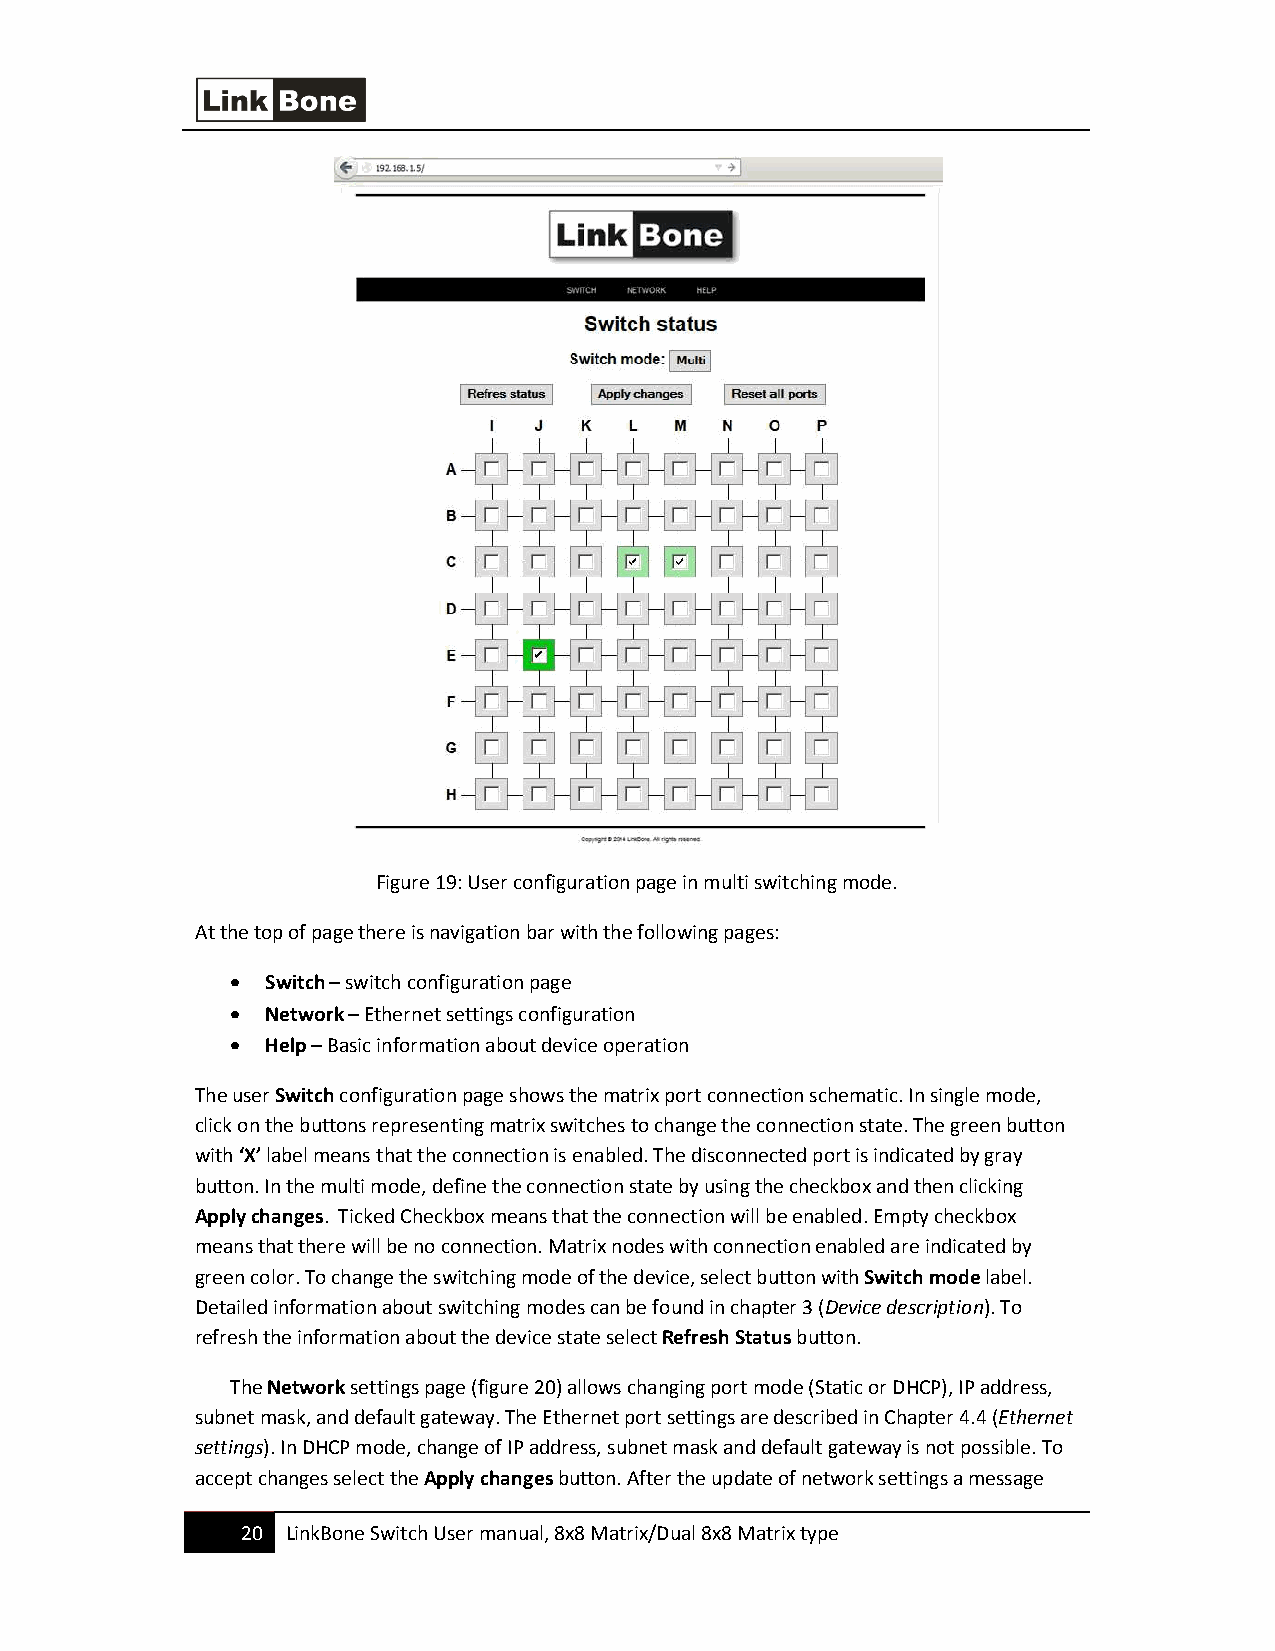
Figure 19: User configuration page in multi switching mode.
 At the top of page there is navigation bar with the following pages:
 •  Switch – switch configuration page
 •  Network – Ethernet settings configuration
 •  Help – Basic information about device operation
 The user Switch configuration page shows the matrix port connection schematic. In single mode,
 click on the buttons representing matrix switches to change the connection state. The green button
 with ‘X’ label means that the connection is enabled. The disconnected port is indicated by gray
 button. In the multi mode, define the connection state by using the checkbox and then clicking
 Apply changes. Ticked Checkbox means that the connection will be enabled. Empty checkbox
 means that there will be no connection. Matrix nodes with connection enabled are indicated by
 green color. To change the switching mode of the device, select button with Switch mode label.
 Detailed information about switching modes can be found in chapter 3 (Device description). To
 refresh the information about the device state select Refresh Status button.
 The Network settings page (figure 20) allows changing port mode (Static or DHCP), IP address,
 subnet mask, and default gateway. The Ethernet port settings are described in Chapter 4.4 (Ethernet
 settings). In DHCP mode, change of IP address, subnet mask and default gateway is not possible. To
 accept changes select the Apply changes button. After the update of network settings a message
 20 LinkBone Switch User manual, 8x8 Matrix/Dual 8x8 Matrix type